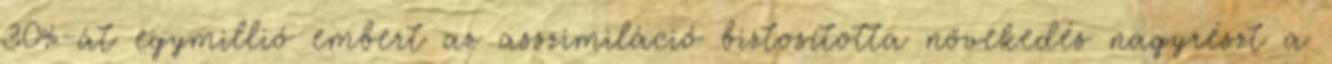
30%-át egymillió embert az asszimiláció biztosította növekedés nagyrészt a